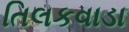
તિલકવાડા